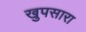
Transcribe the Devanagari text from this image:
खुपसारा